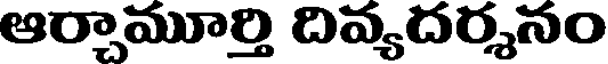
ఆర్చామూర్తి దివ్యదర్శనం